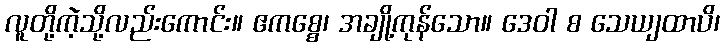
လူတို့ကဲ့သို့လည်းကောင်း။ ဧကစ္စေ၊ အချို့ကုန်သော။ ဒေဝါ စ သေယျထာပိ၊